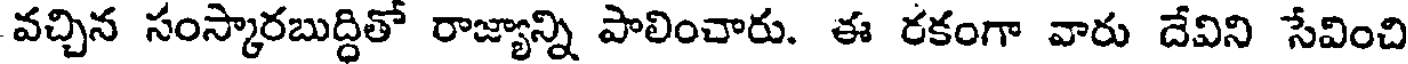
వచ్చిన సంస్కారబుద్ధితో రాజ్యాన్ని పాలించారు. ఈ రకంగా వారు దేవిని సేవించి